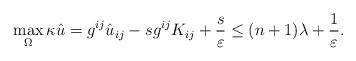
LaTeX: \begin{align*}\max_{\Omega}\kappa \hat{u}= g^{ij}\hat{u}_{ij}-sg^{ij}K_{ij}+\frac{s}{\varepsilon}\leq (n+1)\lambda+\frac{1}{\varepsilon}.\end{align*}